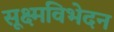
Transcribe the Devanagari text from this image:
सूक्ष्मविभेदन